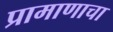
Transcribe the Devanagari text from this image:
प्रामाणाचा